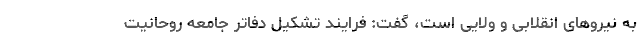
به نیروهای انقلابی و ولایی است، گفت: فرایند تشکیل دفاتر جامعه روحانیت